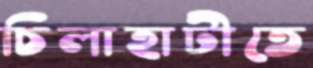
চিলাহাটীতে